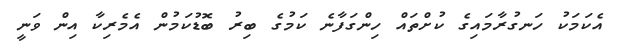
އެކަމަކު ހަނގުރާމައިގެ ކުށްތައް ހިންގަފާނެ ކަމުގެ ބިރު ބޮޑުކަމުން އެމެރިކާ އިން ވަނީ